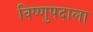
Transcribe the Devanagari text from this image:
विष्णुपदाला